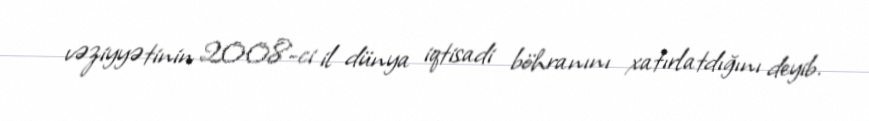
vəziyyətinin 2008-ci il dünya iqtisadi böhranını xatırlatdığını deyib.